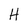
Character: H